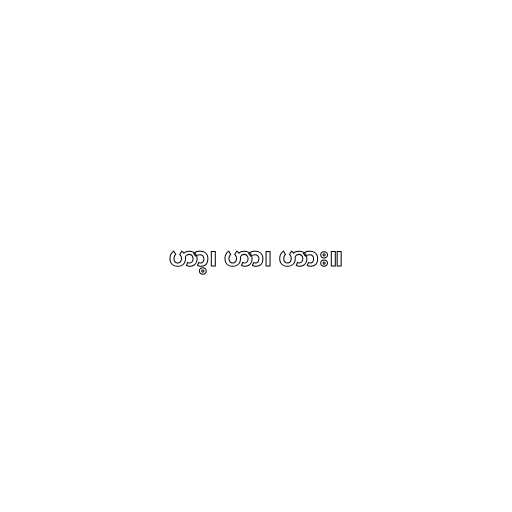
ဟာ့၊ ဟာ၊ ဟား။